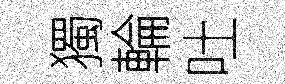
獨輪吐